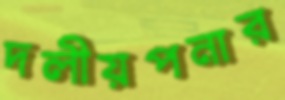
দলীয়পনার